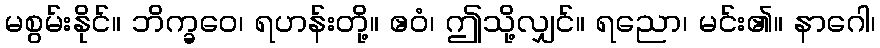
မစွမ်းနိုင်။ ဘိက္ခဝေ၊ ရဟန်းတို့။ ဧဝံ၊ ဤသို့လျှင်။ ရညော၊ မင်း၏။ နာဂေါ၊